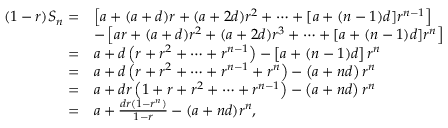
{ \begin{array} { r l } { ( 1 - r ) S _ { n } = } & { \left[ a + ( a + d ) r + ( a + 2 d ) r ^ { 2 } + \cdots + [ a + ( n - 1 ) d ] r ^ { n - 1 } \right] } \\ & { - \left[ a r + ( a + d ) r ^ { 2 } + ( a + 2 d ) r ^ { 3 } + \cdots + [ a + ( n - 1 ) d ] r ^ { n } \right] } \\ { = } & { a + d \left( r + r ^ { 2 } + \cdots + r ^ { n - 1 } \right) - \left[ a + ( n - 1 ) d \right] r ^ { n } } \\ { = } & { a + d \left( r + r ^ { 2 } + \cdots + r ^ { n - 1 } + r ^ { n } \right) - \left( a + n d \right) r ^ { n } } \\ { = } & { a + d r \left( 1 + r + r ^ { 2 } + \cdots + r ^ { n - 1 } \right) - \left( a + n d \right) r ^ { n } } \\ { = } & { a + { \frac { d r ( 1 - r ^ { n } ) } { 1 - r } } - ( a + n d ) r ^ { n } , } \end{array} }